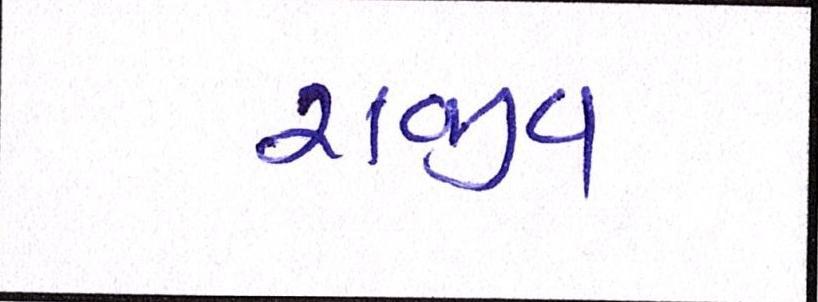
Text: રાજીવ